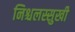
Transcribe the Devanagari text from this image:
निश्चलस्सुखी